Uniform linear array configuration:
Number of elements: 24
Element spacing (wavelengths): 1
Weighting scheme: blackman
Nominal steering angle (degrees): -30
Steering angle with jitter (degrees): -28.1
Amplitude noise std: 0.05
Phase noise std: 0.05

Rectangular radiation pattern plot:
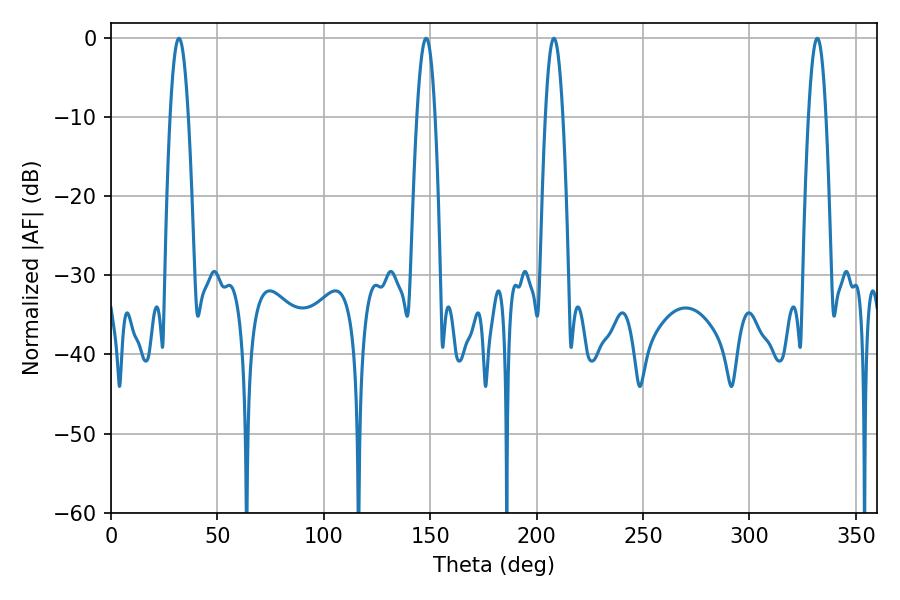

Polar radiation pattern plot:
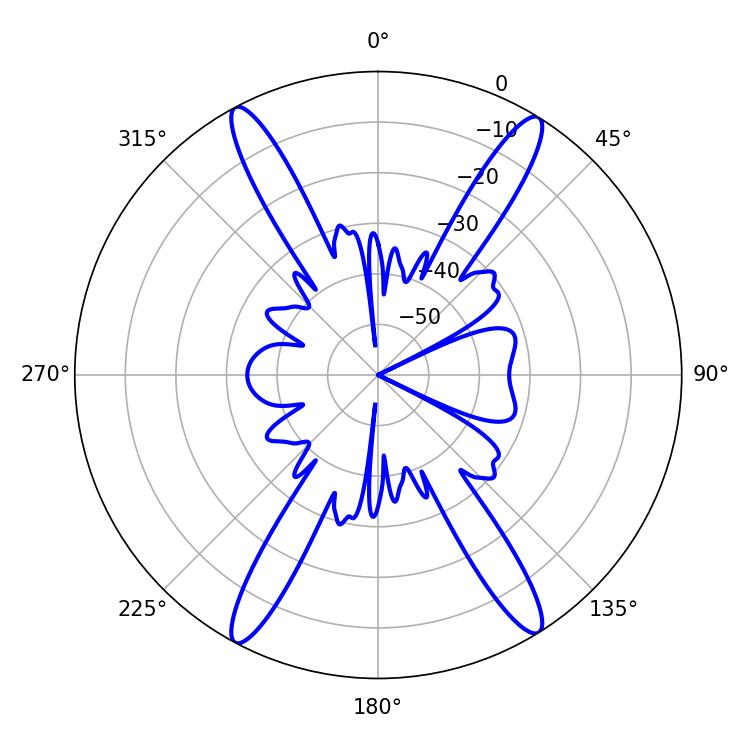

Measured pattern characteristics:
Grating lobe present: TRUE
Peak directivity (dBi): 21.598
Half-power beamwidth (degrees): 4.5
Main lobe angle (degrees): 208.08